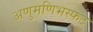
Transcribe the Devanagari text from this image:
अणुमणिभस्फट